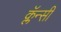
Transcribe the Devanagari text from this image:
क्लॅन्सी